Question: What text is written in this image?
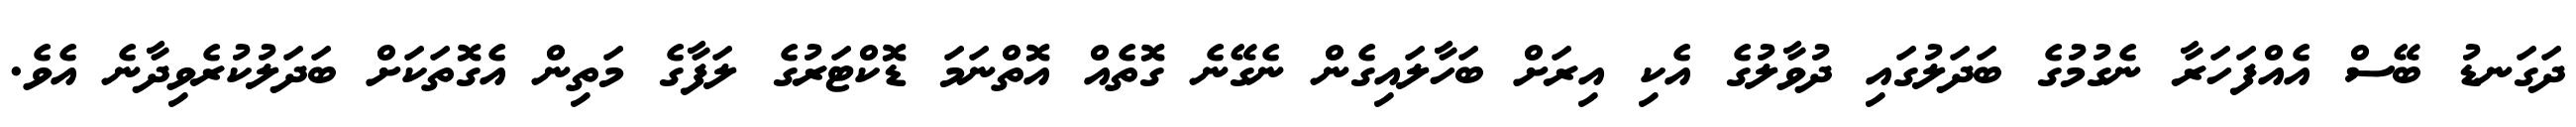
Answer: ދަގަނޑު ބޭސް އެއްފަހަރާ ނެގުމުގެ ބަދަލުގައި ދުވާލުގެ އެކި އިރަށް ބަހާލައިގެން ނެގޭނެ ގޮތެއް އޮތްނަމަ ޑޮކްޓަރުގެ ލަފާގެ މަތިން އެގޮތަކަށް ބަދަލުކުރެވިދާނެ އެވެ.